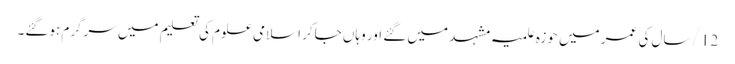
12/ سال کی عمر میں حوزہ علمیہ مشہد میں گئے اور وہاں جاکر اسلامی علوم کی تعلیم میں سرگرم ہوگئے۔